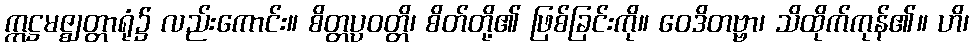
ဣဋ္ဌမဇ္ဈတ္တာရုံ၌ လည်းကောင်း။ စိတ္တပ္ပဝတ္တိ၊ စိတ်တို့၏ ဖြစ်ခြင်းကို။ ဝေဒိတဗ္ဗာ၊ သိထိုက်ကုန်၏။ ဟိ၊